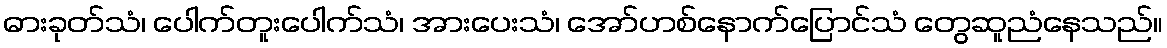
ဓားခုတ်သံ၊ ပေါက်တူးပေါက်သံ၊ အားပေးသံ၊ အော်ဟစ်နောက်ပြောင်သံ တွေဆူညံနေသည်။